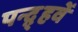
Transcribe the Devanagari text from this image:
पन्द़्हवें